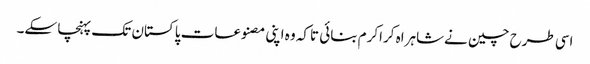
اسی طرح چین نےشاہراہ کراکرم بنائی تاکہ وہ اپنی مصنوعات پاکستان تک پہنچا سکے۔